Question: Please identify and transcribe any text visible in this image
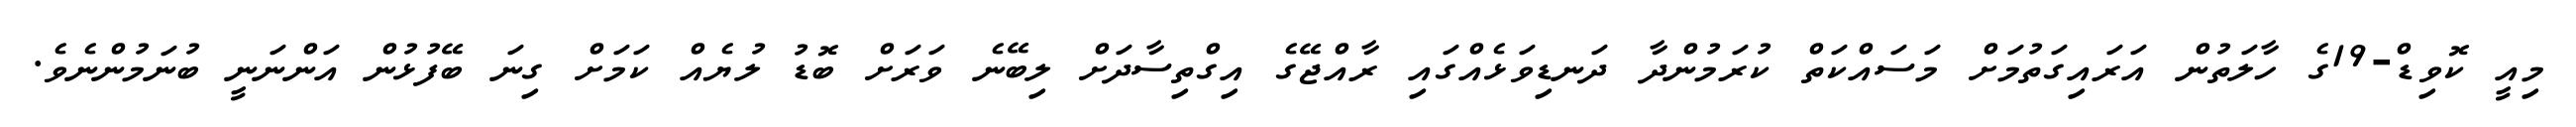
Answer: މިއީ ކޮވިޑް-19ގެ ހާލަތުން އަރައިގަތުމަށް މަސައްކަތް ކުރަމުންދާ ދަނޑިވަޅެއްގައި ރާއްޖޭގެ އިގްތިސާދަށް ލިބޭނެ ވަރަށް ބޮޑު ލުޔެއް ކަމަށް ގިނަ ބޭފުޅުން އަންނަނީ ބުނަމުންނެވެ.